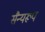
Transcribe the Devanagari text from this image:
सैन्यरूप